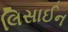
લિસાઈન